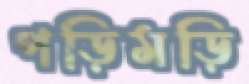
পড়িমড়ি